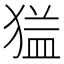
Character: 𱮎